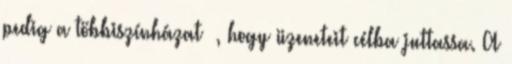
pedig a többiszínházat —, hogy üzeneteit célba juttassa. A